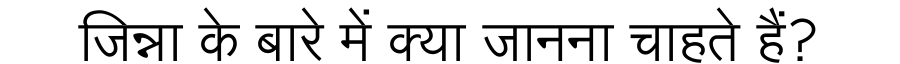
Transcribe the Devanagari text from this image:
जिन्ना के बारे में क्या जानना चाहते हैं?